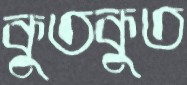
কুতকুত